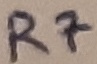
Text: R7